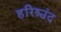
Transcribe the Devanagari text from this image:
हरिश्चंद